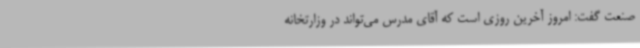
صنعت گفت: امروز آخرین روزی است که آقای مدرس می‌تواند در وزارتخانه